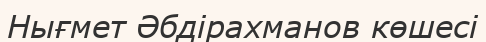
Нығмет Әбдірахманов көшесі